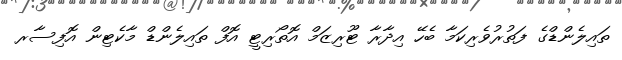
ތައިލެންޑްގެ ފަތުރުވެރިކަމާ ބެހޭ އިދާރާ ޓޫރިޒަމް އޮތޯރިޓީ އޮފް ތައިލެންޑް މާކެޓިން އޮފިސާރ